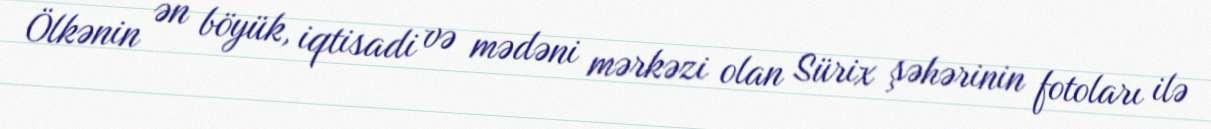
Ölkənin ən böyük, iqtisadi və mədəni mərkəzi olan Sürix şəhərinin fotoları ilə